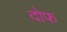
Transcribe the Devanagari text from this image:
दोफ